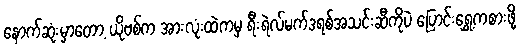
နောက်ဆုံးမှာတော့ ယိုဗစ်က အားလုံးထဲကမှ ရီးရဲလ်မက်ဒရစ်အသင်းဆီကိုပဲ ပြောင်းရွှေ့ကစားဖို့